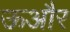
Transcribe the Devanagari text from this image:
ऊऔर